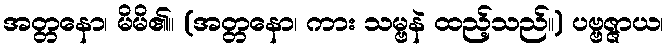
အတ္တနော၊ မိမိ၏။ (အတ္တနော၊ ကား သမ္ဗနဲ ထည့်သည်။) ပဗ္ဗဇ္ဇာယ၊